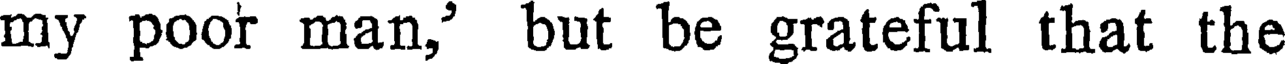
my poor man,' but be grateful that the